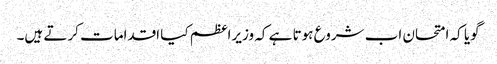
گویا کہ امتحان اب شروع ہوتا ہے کہ وزیراعظم کیا اقدامات کرتے ہیں۔